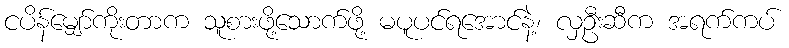
ငပိန်မျှော်ကိုးတာက သူစားဖို့သောက်ဖို့ မပူပင်ရအောင်နဲ့၊ လှဦးဆီက အရက်ကပ်